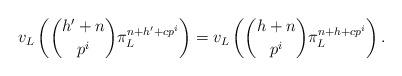
LaTeX: \begin{align*} v_L\left(\binom{h'+n}{p^i}\pi_L^{n+h'+cp^i}\right)=v_L\left(\binom{h+n}{p^i}\pi_L^{n+h+cp^i}\right).\end{align*}